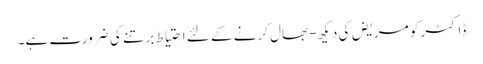
ڈاکٹر کو مریض کی دیکھ-بھال کرنے کے لئے احتیاط برتنے کی ضرورت ہے۔